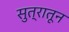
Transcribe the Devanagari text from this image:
सुत्रातून